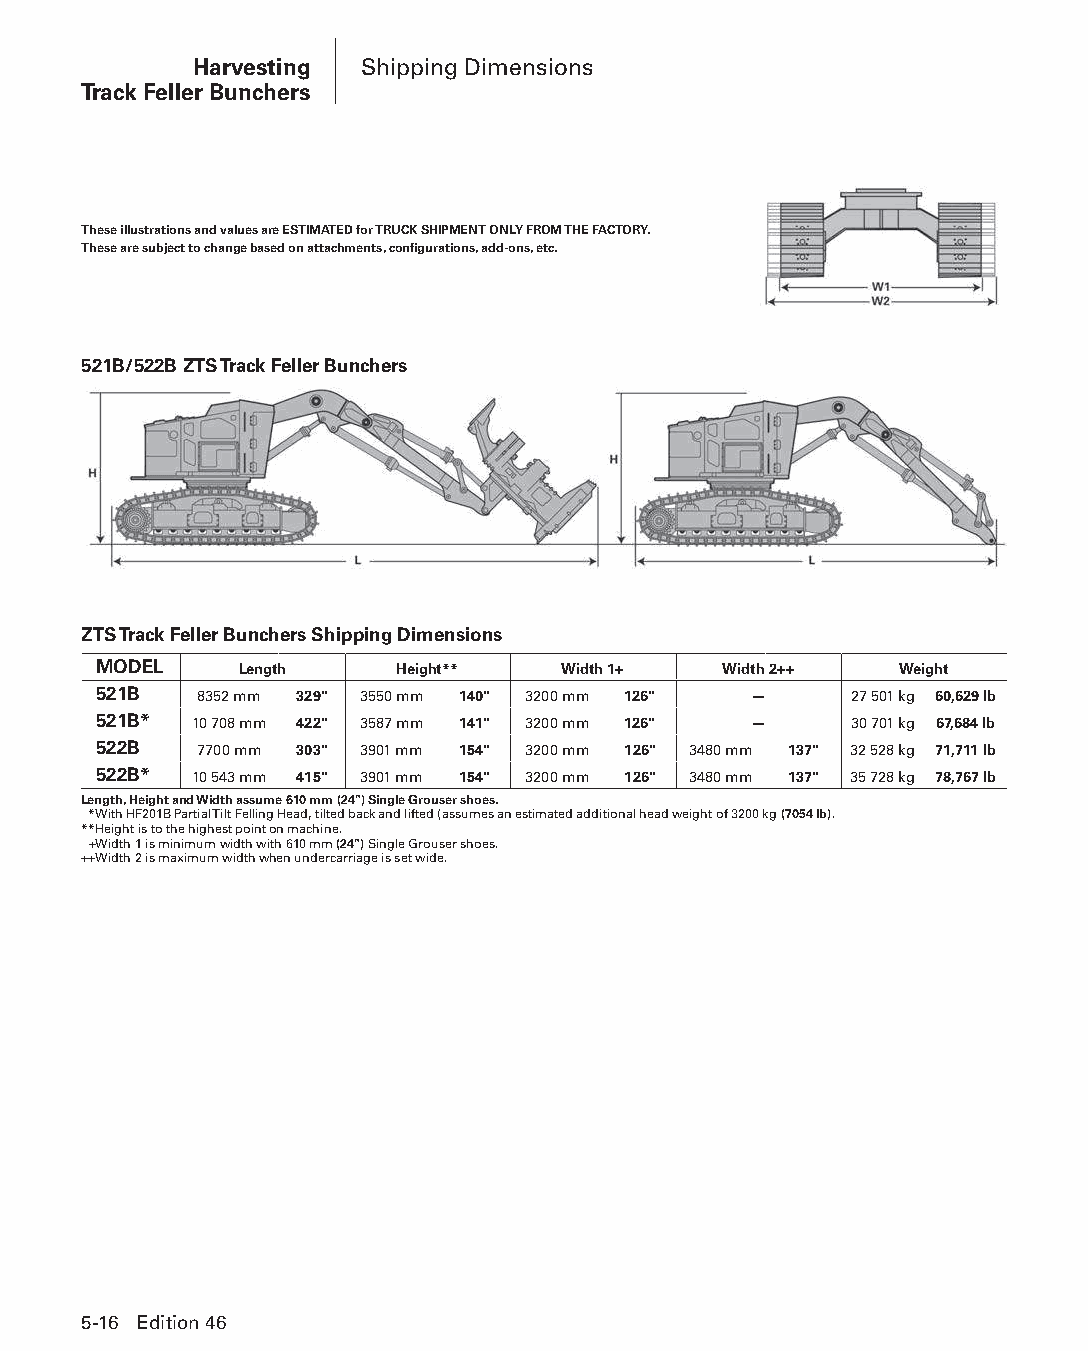
Harvesting Shipping Dimensions
 Track Feller Bunchers
 These illustrations and values are ESTIMATED for TRUCK SHIPMENT ONLY FROM THE FACTORY.
 These are subject to change based on attachments, configurations, add-ons, etc.
 521B/522B ZTS Track Feller Bunchers
 ZTS Track Feller Bunchers Shipping Dimensions
 MODEL    Length     Height**   Width 1+  Width 2++   Weight
 521B  8352 mm 329" 3550 mm 140" 3200 mm 126" —    27 501 kg 60,629 lb
 521B* 10 708 mm 422" 3587 mm 141" 3200 mm 126" —  30 701 kg 67,684 lb
 522B  7700 mm 303" 3901 mm 154" 3200 mm 126" 3480 mm 137" 32 528 kg 71,711 lb
 522B* 10 543 mm 415" 3901 mm 154" 3200 mm 126" 3480 mm 137" 35 728 kg 78,767 lb
 Length, Height and Width assume 610 mm (24") Single Grouser shoes.
 **With HF201B Partial Tilt Felling Head, tilted back and lifted (assumes an estimated additional head weight of 3200 kg (7054 lb).
 **Height is to the highest point on machine.
 ++Width 1 is minimum width with 610 mm (24") Single Grouser shoes.
 ++Width 2 is maximum width when undercarriage is set wide.
 5-16 Edition 46
 PPHHBB--SSeecc0055--1166..iinndddd 1166                        1122//44//1155 22::1188 PPMM